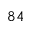
8 4